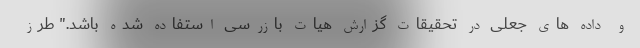
و داده های جعلی در تحقیقات گزارش هیات بازرسی استفاده شده باشد." طرز